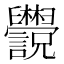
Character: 𬜄